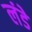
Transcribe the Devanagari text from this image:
लंडे